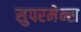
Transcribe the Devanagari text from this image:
सुपरमेन्स